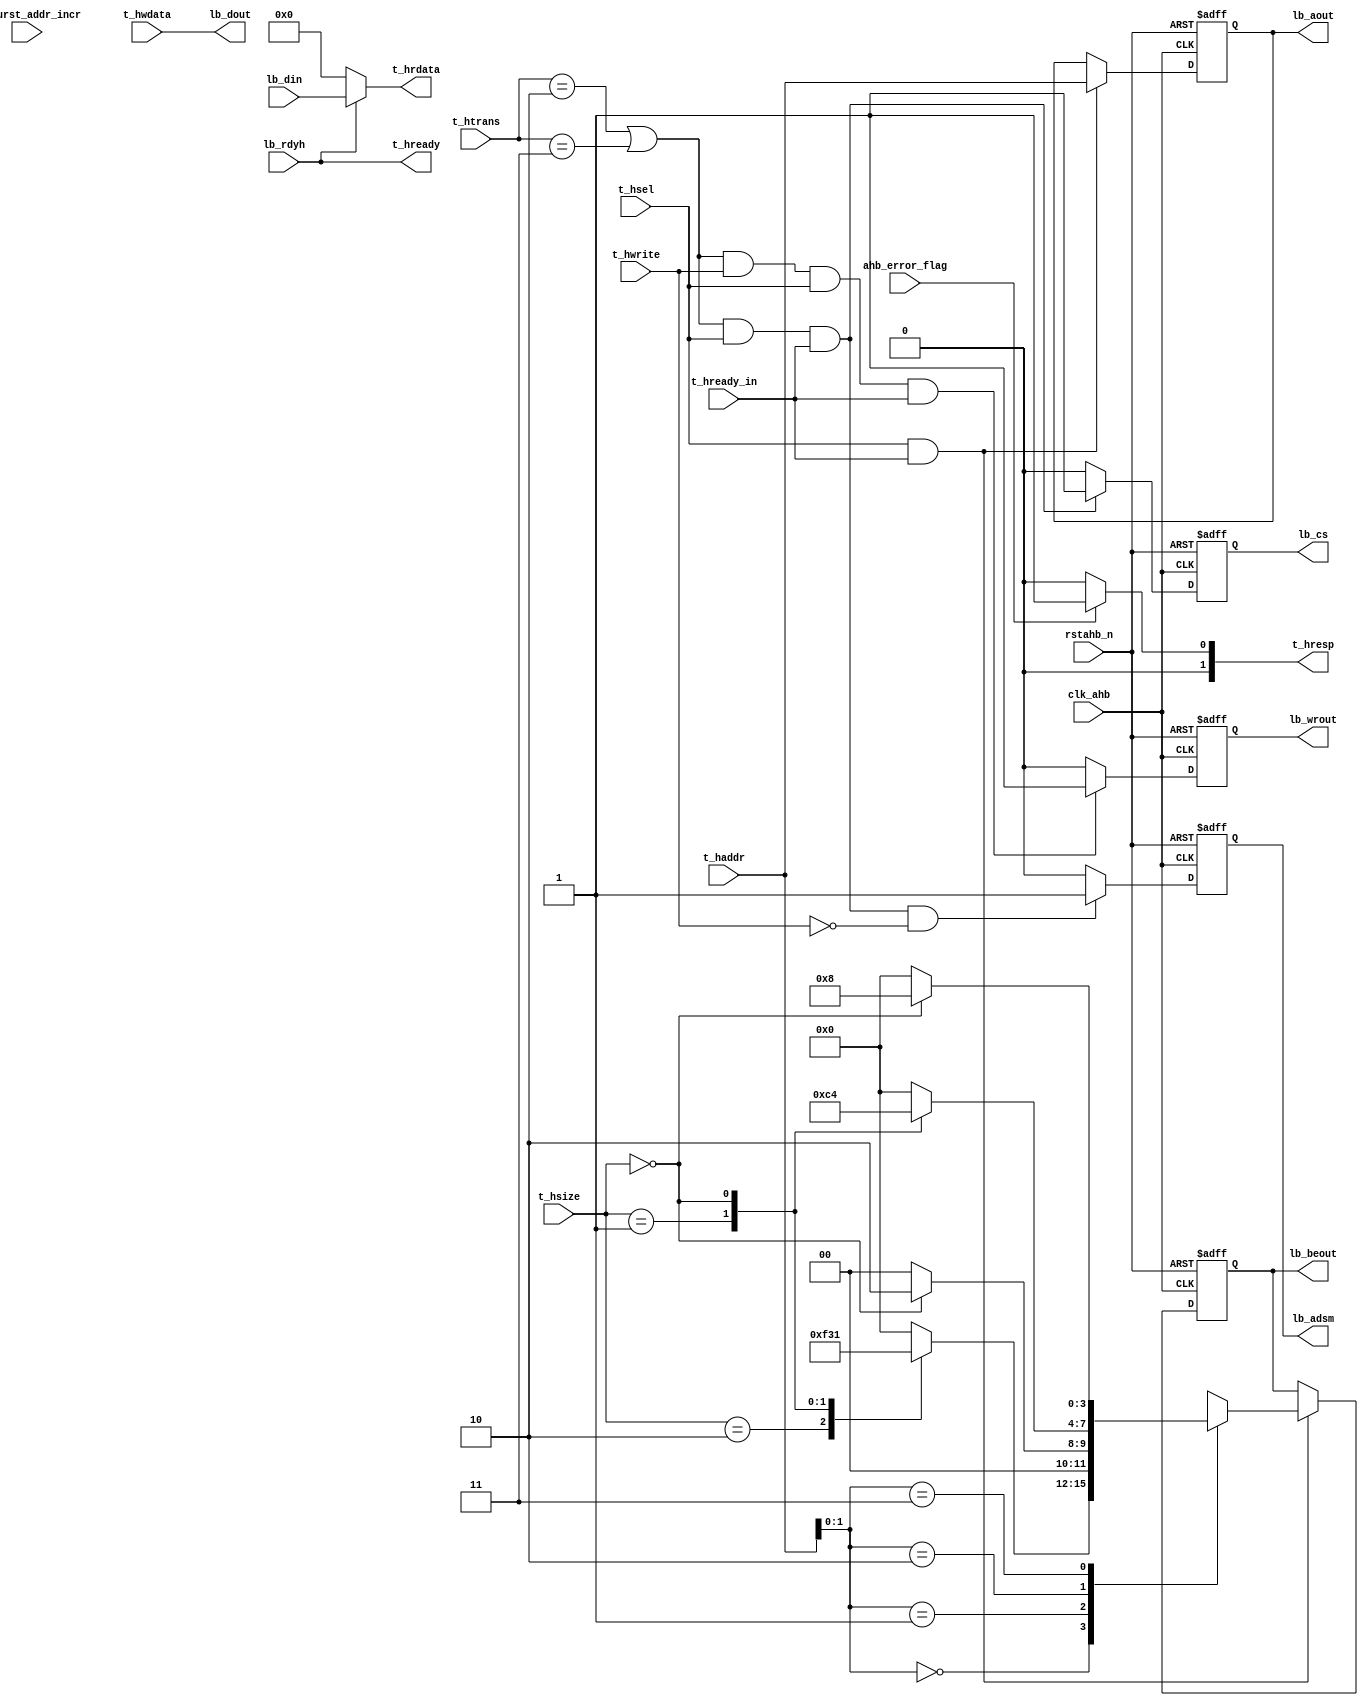
module csi2tx_ahb_slave_iface(
  clk_ahb,
  rstahb_n,
  `ifdef SOFT_RST
  soft_reset,
  `endif

  //Inputs from AHB 
  t_htrans,
  `ifdef ADDR_NO_INC
  t_hburst,   
   `endif
  t_hwrite,
  t_hsel,
  t_hwdata,
  t_haddr,
  t_hsize,
  t_hready_in,

  //Outputs to AHB
  t_hready,
  t_hrdata,
  t_hresp,

  //Local bus control control register interface
  lb_rdyh,
  ahb_error_flag,
  lb_din,

  lb_cs,
  lb_adsm,
  lb_wrout,
  lb_beout,
  lb_aout,
  lb_dout,
  lb_burst_addr_incr
);

  parameter ADRDAT = 32;     //for HSI
  parameter HTRESP = 2;
  parameter BHSIZE = 3;
  parameter ADDSIZ = 32;
  parameter DATSIZ = 32;


  input clk_ahb;
  input rstahb_n;
  `ifdef SOFT_RST
  input soft_reset;
  `endif

  input [HTRESP -1:0]t_htrans;        // Nonseq or Seq transaction from AHB master
  `ifdef ADDR_NO_INC
  input [2:0] t_hburst;               // INCR Burst not supported 
  `endif
  input t_hwrite;                     // Read/Write from AHB master
  input t_hsel;                       // Select signal from AHB master
  input [DATSIZ -1:0]t_hwdata;        // Write data from AHB master
  input [ADRDAT -1:0]t_haddr;         // Address from AHB master
  input [BHSIZE -1:0]t_hsize;         // Indicate byte/halfw/doublew from AHB master
  input t_hready_in;                  // Ready signal from AHB 
  input [DATSIZ -1:0]lb_din;
  input lb_rdyh;
  input wire ahb_error_flag;
  input	 lb_burst_addr_incr;

  output t_hready;                    // Ready signal from AHB Slave
  output [DATSIZ -1:0] t_hrdata;      // read Data
  output [HTRESP -1:0] t_hresp;       // Transfer response from AHB Slave

  output lb_cs;                       // Active high Chip select signal to Backend 
  output lb_adsm;                     // Active high Adress storbe signal to Backend 
  output lb_wrout;                    // Active high write signal to Backend 
  output [3:0] lb_beout;              // Active high byte lanes to backend
  output [ADDSIZ -1 : 0] lb_aout;
  output [DATSIZ -1 : 0] lb_dout;

  reg lb_cs;
  reg lb_adsm;
  reg lb_wrout;
 // `ifdef ADDR_NO_INC
 // wire [ADDSIZ -1:0] lb_aout;
 // `else
  reg [ADDSIZ -1:0] lb_aout;
 //  `endif
  reg [3:0] sig_cbe_tar;

  wire sig_t_hready;
  wire [HTRESP -1:0] t_hresp;
  wire t_hready;

  `ifdef ADDR_NO_INC
  reg [ADDSIZ -1:0] var_aout;
  reg [ADDSIZ -1:0] fixed_aout;
  `endif

  assign sig_t_hready = lb_rdyh;
  
  // Slave response -- OKAY RESPONSE
  assign t_hresp = ahb_error_flag ? 2'b01: 2'b00;

  // Slave Response ready
  assign t_hready = lb_rdyh;

  // Slave Read data
  assign t_hrdata = (lb_rdyh) ? lb_din : 32'h0;

  // Active low Byte enables
  assign lb_beout = sig_cbe_tar;

  // Wdite data in Local bus
  assign lb_dout = t_hwdata;

  //Asserted for sequential/Non sequential type of AHB transfer indicating
  //write/read in localbus
  always @(posedge clk_ahb or negedge rstahb_n)
    if(!rstahb_n)
      lb_cs <= 1'b0;
    `ifdef SOFT_RST
    else if(soft_reset)
      lb_cs <= 1'b0;
    `endif
    else if(((t_htrans == 2'b10) || (t_htrans == 2'b11)) && t_hsel && t_hready_in )
      lb_cs <= 1'b1;
    else 
      lb_cs <= 1'b0;

  //Asserted for sequential/Non sequential type of AHB transfer indicating
  //write/read in localbus
  always @(posedge clk_ahb or negedge rstahb_n)
    if(!rstahb_n)
      lb_adsm <= 1'b0;
    `ifdef SOFT_RST
    else if(soft_reset)
      lb_adsm <= 1'b0;
    `endif
    else if(((t_htrans == 2'b10) || (t_htrans == 2'b11)) && t_hsel && t_hready_in && (!t_hwrite))
      lb_adsm <= 1'b1;
    else 
      lb_adsm <= 1'b0;

  //Asserted for sequential/Non sequential type of AHB transfer indicating
  //write in localbus
  always @(posedge clk_ahb or negedge rstahb_n)
    if(!rstahb_n)
      lb_wrout <= 1'b0;
    `ifdef SOFT_RST
    else if(soft_reset)
      lb_wrout <= 1'b0;
    `endif
    else if(((t_htrans == 2'b10) || (t_htrans == 2'b11)) && t_hwrite && t_hsel && t_hready_in )
      lb_wrout <= 1'b1;
    else 
      lb_wrout <= 1'b0; 

  // byte enable for ahb target
  always @(posedge clk_ahb or negedge rstahb_n)
    if(!rstahb_n)
      sig_cbe_tar <= 4'b0000;
    `ifdef SOFT_RST
    else if(soft_reset)
      sig_cbe_tar <= 4'b0000;
    `endif
    else if (t_hsel & t_hready_in )
      case(t_haddr[1:0]) 
        2'b00:
          case(t_hsize)
            3'd2 : sig_cbe_tar <= 4'b1111;
            3'd1 : sig_cbe_tar <= 4'b0011;
            3'd0 : sig_cbe_tar <= 4'b0001;
            default : sig_cbe_tar <= 4'b0000;
          endcase
        2'b01:
          case(t_hsize)
            3'd0 : sig_cbe_tar <= 4'b0010;
            default : sig_cbe_tar <= 4'b0000;
          endcase
        2'b10: 
          case(t_hsize)
            3'd1 : sig_cbe_tar <= 4'b1100;
            3'd0 : sig_cbe_tar <= 4'b0100;
            default : sig_cbe_tar <= 4'b0000;
          endcase   
        2'b11:
          case(t_hsize)
            3'd0 : sig_cbe_tar <= 4'b1000;
            default : sig_cbe_tar <= 4'b0000;
          endcase
      endcase


  `ifdef ADDR_NO_INC
  // address to local bus for write/read
  always @(posedge clk_ahb or negedge rstahb_n)
    if(!rstahb_n)
      var_aout <= 32'b0;
    `ifdef SOFT_RST
    else if(soft_reset)
      var_aout <= 32'b0;
    `endif
    else if (t_hsel & t_hready_in )
      var_aout <= t_haddr;  
    `endif
///////////////////////////////////////////////////////////////////////////////////

`ifdef ADDR_NO_INC
wire start_burst = (t_htrans==2'b10) && ( (t_hburst != 3'b001) || (t_hburst != 3'b000));
`endif
`ifdef ADDR_NO_INC
wire burst_valid = ( (t_hburst != 3'b001) || (t_hburst != 3'b000)) &&  ((t_htrans != 2'b00) || ( t_htrans != 2'b01));
`endif

  `ifdef ADDR_NO_INC
  always @(posedge clk_ahb or negedge rstahb_n)
    if(!rstahb_n)
	fixed_aout<='h0;
    `ifdef SOFT_RST
    else if(soft_reset)
	fixed_aout<='h0;
    `endif
    else if (start_burst && t_hsel && t_hready_in)
	fixed_aout <= t_haddr;
    `endif
	    
 // `ifdef ADDR_NO_INC
//  assign lb_aout = (lb_burst_addr_incr)?var_aout:((burst_valid)?fixed_aout:var_aout);
//  `else
  // address to local bus for write/read
  always @(posedge clk_ahb or negedge rstahb_n)
    if(!rstahb_n)
      lb_aout <= 32'b0;
    `ifdef SOFT_RST
    else if(soft_reset)
      lb_aout <= 32'b0;
    `endif
    else if (t_hsel & t_hready_in )
      lb_aout <= t_haddr;  
    //`endif

endmodule